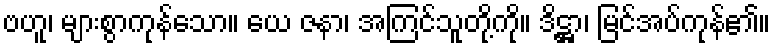
ဗဟူ၊ များစွာကုန်သော။ ယေ ဇနာ၊ အကြင်သူတို့ကို။ ဒိဋ္ဌာ၊ မြင်အပ်ကုန်၏။